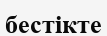
бестікте